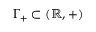
\Gamma _ { + } \subset ( \mathbb { R } , + )